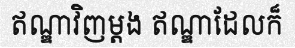
ឥណ្ឌាវិញម្តង ឥណ្ឌាដែលក៏